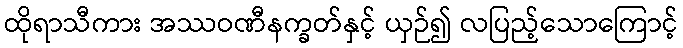
ထိုရာသီကား အဿဝဏီနက္ခတ်နှင့် ယှဉ်၍ လပြည့်သောကြောင့်